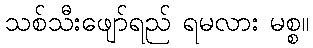
သစ်သီးဖျော်ရည် ရမလား မစ္စ။